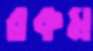
রকম